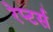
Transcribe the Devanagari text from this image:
रेप्‍टर्स